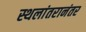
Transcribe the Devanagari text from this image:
स्थलांतरानंतर